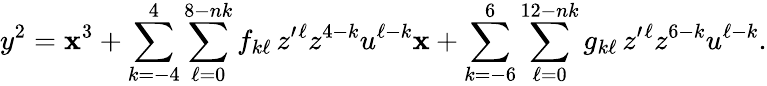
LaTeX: y^{2}=\mathbf{x}^{3}+\sum_{k=-4}^{4}\sum_{\ell=0}^{8-nk}f_{k\ell}\, z^{\prime}{}^{\ell}z^{4-k}u^{\ell-k}\mathbf{x}+\sum_{k=-6}^{6}\sum_{\ell=0}^{12-nk}g_{k\ell}\, z^{\prime}{}^{\ell}z^{6-k}u^{\ell-k}.